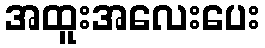
အထူးအလေးပေး